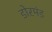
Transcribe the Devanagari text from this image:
डोरमंड